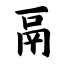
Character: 鬲